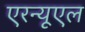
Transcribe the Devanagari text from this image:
एरन्‍यूएल